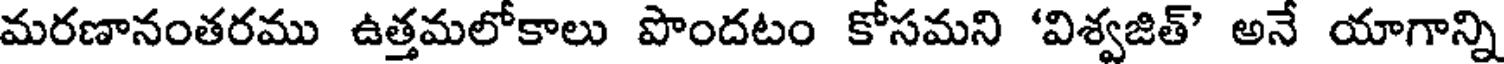
మరణానంతరము ఉత్తమలోకాలు పొందటం కోసమని 'విశ్వజిత్' అనే యాగాన్ని